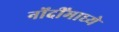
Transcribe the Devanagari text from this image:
नोंदींमाध्ये